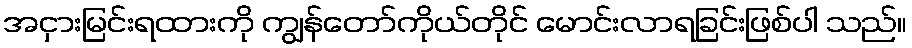
အငှားမြင်းရထားကို ကျွန်တော်ကိုယ်တိုင် မောင်းလာရခြင်းဖြစ်ပါ သည်။